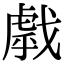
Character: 𢧶